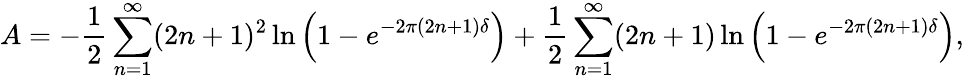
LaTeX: A=-\frac{1}{2}\sum_{n=1}^{\infty}(2n+1)^{2}\ln\left(1-e^{-2\pi(2n+1)\delta}\right)+\frac{1}{2}\sum_{n=1}^{\infty}(2n+1)\ln\left(1-e^{-2\pi(2n+1)\delta}\right),